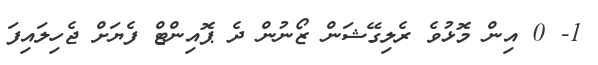
1- 0 އިން މޮޅުވެ ރެލިގޭޝަން ޒޯނުން ދެ ޕޮއިންޓް ފެޔަށް ޖެހިލައިފަ